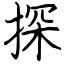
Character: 探